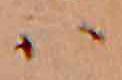
ハ